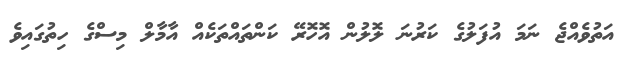
އަތުވެއްޖެ ނަމަ އުފަލުގެ ކަރުނަ ލޮލުން އޮހޮރޭ ކަންތައްތަކެއް އާމާލް މިސްގެ ހިތުގައިވެ